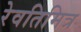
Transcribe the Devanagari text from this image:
रेवतिमित्र